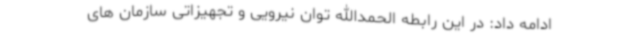
ادامه داد: در این رابطه الحمدالله توان نیرویی و تجهیزاتی سازمان های